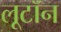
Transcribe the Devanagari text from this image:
लूटॉन